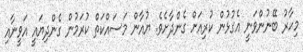
މިހާރު ބޭނުންވަނީ އެގުޅުން ކުރިއަށް ގެންދާށެވެ. ޔުއާން މަސައްކަތް ކުރަމުން ގެންދިޔައީ އަވީނާއި